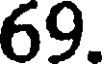
69.